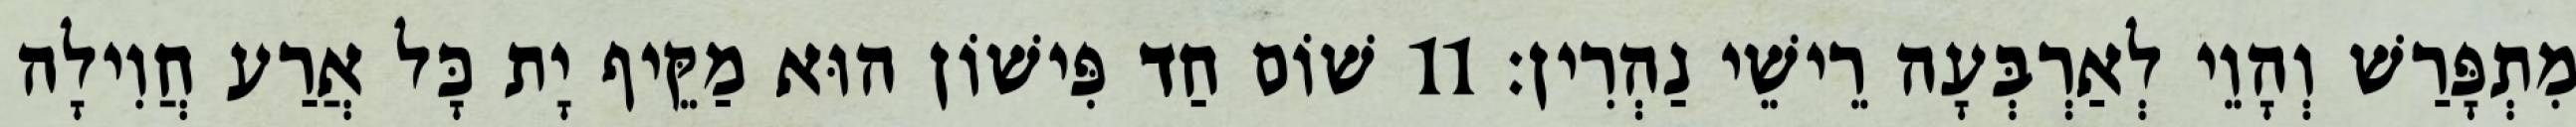
מִתְפָּרַשׁ וְהָוֵי לְאַרְבְּעָה רֵישֵׁי נַהְרִין׃ 11 שׁוֹם חַד פִּישׁוֹן הוּא מַקֵּיף יָת כָּל אֲרַע חֲוִילָה